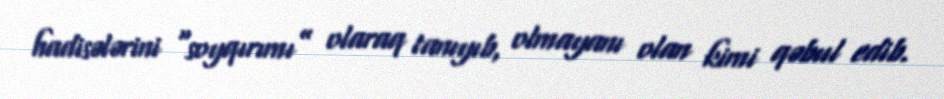
hadisələrini “soyqırımı” olaraq tanıyıb, olmayanı olan kimi qəbul edib.